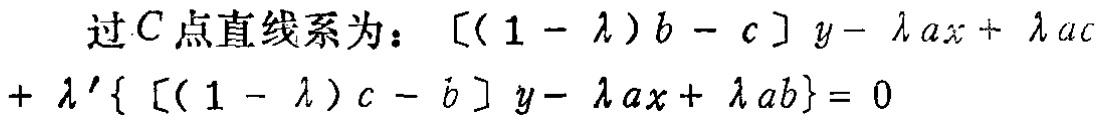
过\(C\)点直线系为：\([(1 - \lambda)b - c]y - \lambda ax + \lambda ac+\lambda' \{ [(1 - \lambda)c - b]y - \lambda ax + \lambda ab\} = 0\)